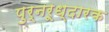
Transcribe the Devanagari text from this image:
पुर्नरूध्दारक